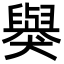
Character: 𬍋